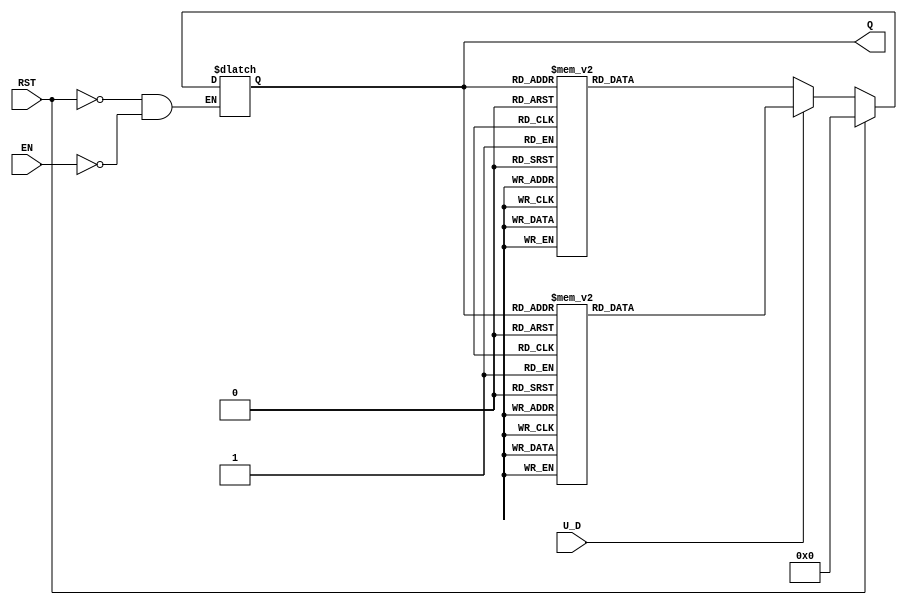
module UpDownCounter (
    input wire U_D,      // Up/Down control signal
    input wire RST,      // Asynchronous reset signal
    input wire EN,       // Enable signal
    output reg [3:0] Q   // 4-bit count value (adjust width as needed)
);

    // Asynchronous reset and counting logic
    always @(*) begin
        if (RST) begin
            Q <= 4'b0000; // Reset counter to 0
        end else if (EN) begin
            if (U_D) begin
                // Count Up
                case (Q)
                    4'b0000: Q <= 4'b0001;
                    4'b0001: Q <= 4'b0010;
                    4'b0010: Q <= 4'b0011;
                    4'b0011: Q <= 4'b0100;
                    4'b0100: Q <= 4'b0101;
                    4'b0101: Q <= 4'b0110;
                    4'b0110: Q <= 4'b0111;
                    4'b0111: Q <= 4'b1000;
                    4'b1000: Q <= 4'b1001;
                    4'b1001: Q <= 4'b1010;
                    4'b1010: Q <= 4'b1011;
                    4'b1011: Q <= 4'b1100;
                    4'b1100: Q <= 4'b1101;
                    4'b1101: Q <= 4'b1110;
                    4'b1110: Q <= 4'b1111;
                    4'b1111: Q <= 4'b0000; // Overflow back to 0
                endcase
            end else begin
                // Count Down
                case (Q)
                    4'b0000: Q <= 4'b1111; // Underflow to max value
                    4'b0001: Q <= 4'b0000;
                    4'b0010: Q <= 4'b0001;
                    4'b0011: Q <= 4'b0010;
                    4'b0100: Q <= 4'b0011;
                    4'b0101: Q <= 4'b0100;
                    4'b0110: Q <= 4'b0101;
                    4'b0111: Q <= 4'b0110;
                    4'b1000: Q <= 4'b0111;
                    4'b1001: Q <= 4'b1000;
                    4'b1010: Q <= 4'b1001;
                    4'b1011: Q <= 4'b1010;
                    4'b1100: Q <= 4'b1011;
                    4'b1101: Q <= 4'b1100;
                    4'b1110: Q <= 4'b1101;
                    4'b1111: Q <= 4'b1110;
                endcase
            end
        end
    end

endmodule